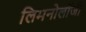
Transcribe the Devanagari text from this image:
लिमनोलॉजी